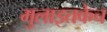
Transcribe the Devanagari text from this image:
मुलाइतकेच